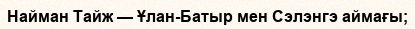
Найман Тайж — Ұлан-Батыр мен Сэлэнгэ аймағы;